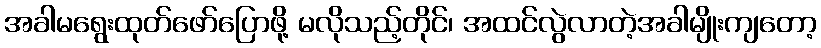
အခါမရွေးထုတ်ဖော်ပြောဖို့ မလိုသည့်တိုင်၊ အထင်လွဲလာတဲ့အခါမျိုးကျတော့